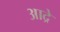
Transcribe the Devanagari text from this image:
आद्रे